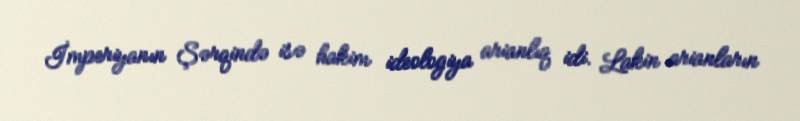
İmperiyanın Şərqində isə hakim ideologiya arianlıq idi. Lakin arianların